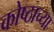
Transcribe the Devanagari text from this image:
कोष्ठाच्या